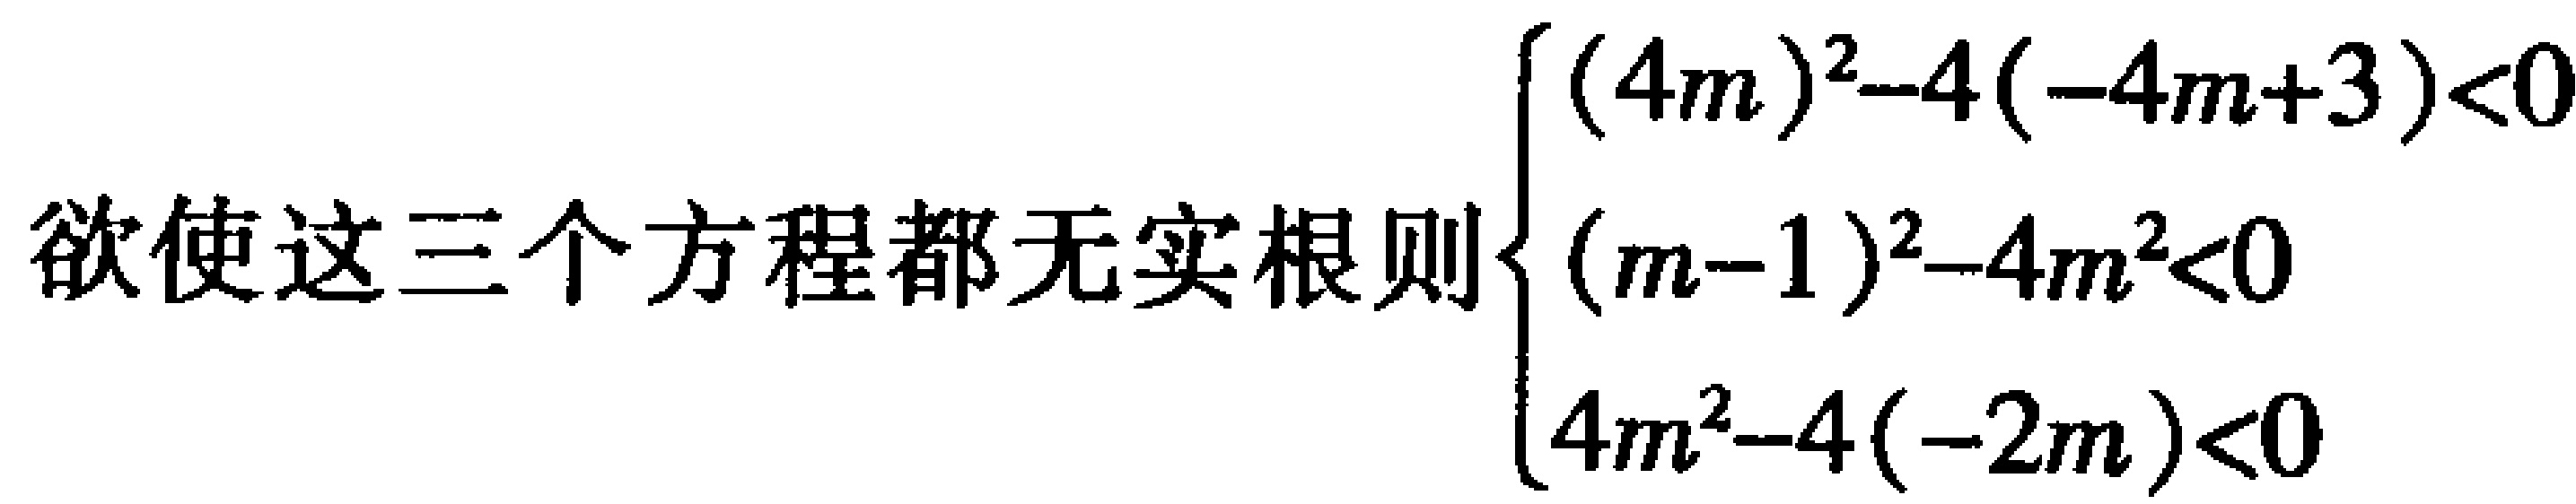
欲使这三个方程都无实根则$\begin{cases}(4m)^{2}-4(-4m + 3)<0\\(m - 1)^{2}-4m^{2}<0\\4m^{2}-4(-2m)<0\end{cases}$